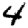
Digit: 4